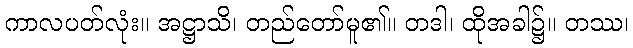
ကာလပတ်လုံး။ အဋ္ဌာသိ၊ တည်တော်မူ၏။ တဒါ၊ ထိုအခါ၌။ တဿ၊